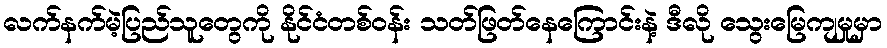
လက်နက်မဲ့ပြည်သူတွေကို နိုင်ငံတစ်ဝန်း သတ်ဖြတ်နေကြောင်းနဲ့ ဒီလို သွေးမြေကျမှုမှာ